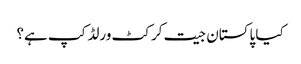
کیا پاکستان جیت کرکٹ ورلڈ کپ ہے؟